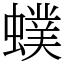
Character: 䗱